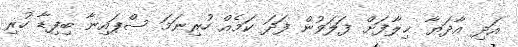
އަދި އާދަޔާ ޚިލާފަށް ފަލަވުން ފަދަ ކަމެއް ހުރިނަމަ ސްޕައިނާ ބިފިޑާ ހުރި